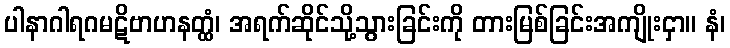
ပါနာဂါရဂမဋိဗာဟနတ္ထံ၊ အရက်ဆိုင်သို့သွားခြင်းကို တားမြစ်ခြင်းအကျိုးငှာ။ နံ၊